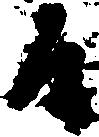
候